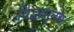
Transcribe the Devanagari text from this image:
विद्वत्सुलभ